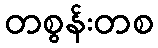
တစွန်းတစ